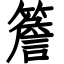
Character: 簷